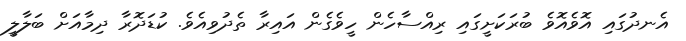
އެނދުގައި އޮވެއޮވެ ބުރަކަށީގައި ރިއްސާހެން ހީވެގެން އައިރާ ތެދުވިއެވެ. ކުޑަދޮރާ ދިމާއަށް ބަލާލީ